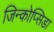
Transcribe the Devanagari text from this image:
जिन्कोप्सिडा